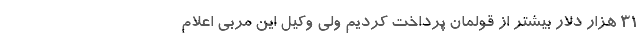
31 هزار دلار بیشتر از قولمان پرداخت کردیم ولی وکیل این مربی اعلام